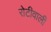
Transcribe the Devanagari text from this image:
रोटीवाली